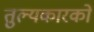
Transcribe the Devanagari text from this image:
तुल्यकारकों